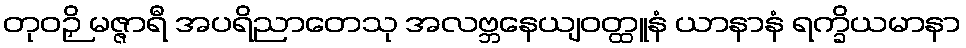
တုဝဉှိ မဇ္ဇာရီ အပရိညာတေသု အလဗ္ဘနေယျဝတ္ထူနံ ယာနာနံ ရက္ခိယမာနာ